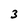
Character: 3